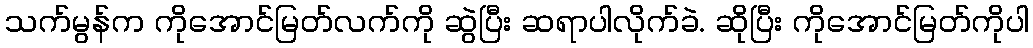
သက်မွန်က ကိုအောင်မြတ်လက်ကို ဆွဲပြီး ဆရာပါလိုက်ခဲ. ဆိုပြီး ကိုအောင်မြတ်ကိုပါ